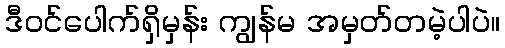
ဒီဝင်ပေါက်ရှိမှန်း ကျွန်မ အမှတ်တမဲ့ပါပဲ။